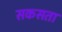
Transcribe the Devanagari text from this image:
सकसता